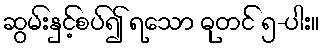
ဆွမ်းနှင့်စပ်၍ ရသော ဓုတင် ၅-ပါး။